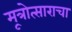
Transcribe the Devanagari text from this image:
मूत्रोत्साराचा